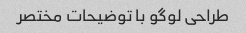
طراحی لوگو با توضیحات مختصر